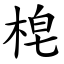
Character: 梍